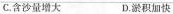
C.含沙量增大 D.淤积加快